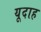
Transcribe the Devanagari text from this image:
यूदाह